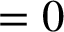
= 0